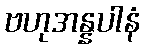
ဗဟုအန္နပါနံ